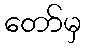
တော်မှ